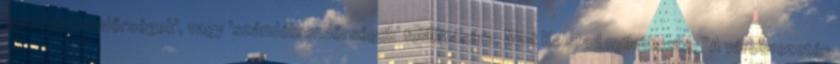
'gondolatrendőrségek', vagy 'szándékrendőrségek' felállítására. Mint Kolstad nyilatkozta, “A városvezetés